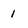
Character: I